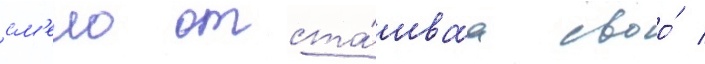
см'ело отста́иваа своо́ /